Report of the Hyderabad Chloroform Commission
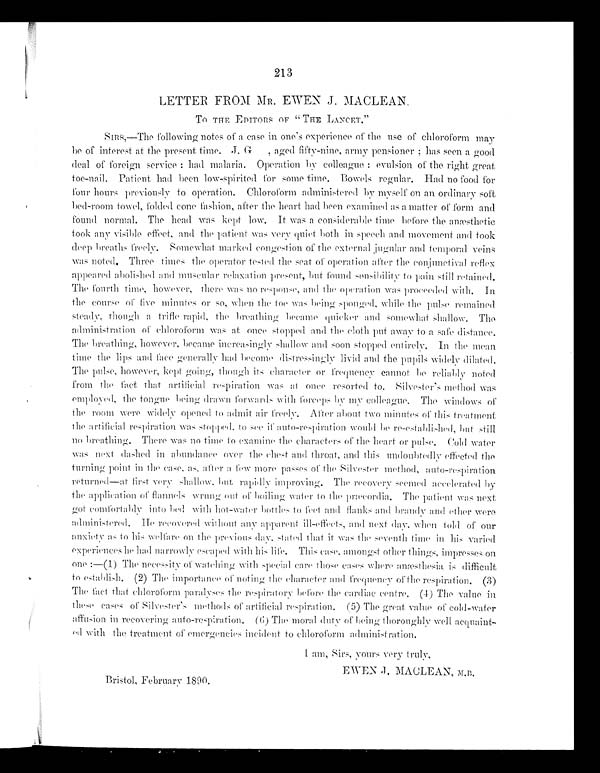
213
LETTER FROM MR . EWEN J. MACLEAN.
TO THE EDITORS OF "THE LANCET."
SIRS,—The following notes of a case in one's experience of the use of chloroform may
be of interest at the present time. J. G, aged fifty-nine, army pensioner ; has seen a good
deal of foreign service: had malaria. Operation by colleague: evulsion of the right great
t oe- nai l . Pat i ent had
b e e n l o w - s p i r i t e d f o r f o m e t i m e . B o w e l s r e g u l a r . H a d n o f o o d f o r
four hours previously to operation. Chloroform administered by myself on an ordinary soft
b e d - r o o m
t o w e l , f o l d e d
c o n e
fashion, after the heart had been examined as a matter of form and
found normal. The head was kept low. It was a considerable time before the anætheti
c
took any visible effect, and the patient was very quiet both in speech and movement and took
d e e p b r e a t h s f r
e e l y . S o m e w h a t m a r k e d c o n g e s t i o n o f t h e e x t e r n a l j u g u l a r a n dt
e m p o r a l
veins
was noted. Three times the operator tested the seat of operation after the conjunctival reflex
appeared abolished and muscular relaxation present, but found sensibility to pain still retained.
The fourth time, however, there was no response, and the operation was proceeded with . In
t h e
c o u r s e o f f i v e m i n u t e s o r s o , w h e n t h e t o e w a s b e i n gs
p o n g e d , w h i l e t h e
pulse remained
steady, though a trifle rapid, the breathing became quicker and somewhat shallow. The
a d m i n i s t r a t i o n o f c h l o r o f o r m w a sa
t , o n c e s t o p p e d a n d
the cloth put away to a safe distance.
The breathing, however, became increasingly shallow and soon stopped entirely. In the mean
time the lips and face generally had become distressingly livid and the pupils widely dilated.
The pulse, however, kept going, though its character or frequency cannot be reliably noted
from the fact that artificial respiration was at once resorted to. Silvester's method was
employed, the tongue being drawn forwards with forceps by my colleague. The windows of
the room were widely opened to admit air freely. After about two minutes of this treatment
the artificial respiration was stopped, to see if auto-respiration would be re-established, but still
no breathing. There was no time to examine the characters of the heart or pulse. Cold water
was next dashed in abundance over the chest and throat, and this undoubtedly effected
t h e
turning point in t h e c a s e , a s , a f t e r a f e w mo r e p a s s e s o f t h e Si l v e s t e r me t h o d , auto-respiration
returned—at first very shallow, but rapidly improving. The recovery seemed accelerated by
the application of flannels wrung out of boiling water to the præcordia. The patient was next
g o t c o m f o r t a b l y i n t o b e d w i t h h o t - w a t e r b o t t l e s t o f e e t a n d f l a n k s a n d b r a n d y a n d e t h e r
w e r e
administered. He recovered without any apparent ill-effects, and next day, when told of our
a n x i e t y a st
o h i s w e l f a r e o n t h e p r e v i o u s d a y , s t a t e dt
h a t i t w a s t h e s e v e n t h
t i m e
in
his
varied
e xpe r i e nc e s he ha d na r r owl y e s c a pe d wi t h l i f e . Thi s c a s e , amongst other things, impresses on
one:—(1) The necessity of watching with special care those cases where anæthesia is difficult
t o e s t a b l i s h . ( 2 ) T h e i m p o r t a n c e o f n o t i n g t h e c h a r a c t e ra
n d f r e q u e n c y
of the respiration. (3)
The fact that chloroform paralyses the respiratory before the cardiac centre. (4) The value in
these cases of Silvester's methods of artificial respiration. (5) The great value of cold-water
a f f u s i o n
i n
r e c o v e r i n g a u t o - r e s p i r a t i o n . ( 6 )T
h e
moral duty of being thoroughly well acquaint
-
ed with the treatment of emergencies incident to chloroform administration.
I am, Sirs, yours very truly,
E W E N J . M A C L E A N , M . B .B
i r s t o l , F e b r a u r y 1 8 9 0 .